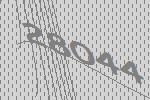
28044